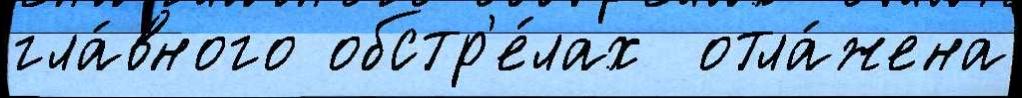
гла́вного обстр'е́лах  отла́жена